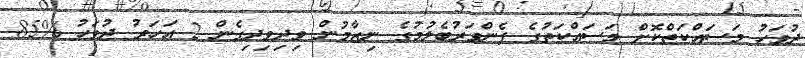
ދުވަހު މަސައްކަތްކޮށް މަސައްކަތުގެ ފެންވަރުބެލުމުގެ ނިޒާމުން ވިދިވިދިގެން 2 އަހަރު ދުވަހު %85